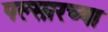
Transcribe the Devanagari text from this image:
पल्सारच्या